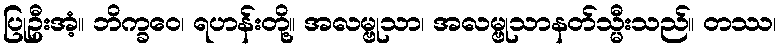
ပြုဦးအံ့။ ဘိက္ခဝေ၊ ရဟန်းတို့။ အလမ္ဗုသာ၊ အလမ္ဗုသာနတ်သ္မီးသည်။ တဿ၊